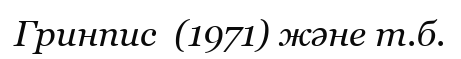
Гринпис  (1971) және т.б.